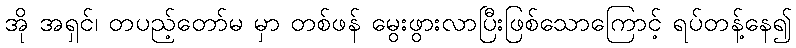
အို အရှင်၊ တပည့်တော်မ မှာ တစ်ဖန် မွေးဖွားလာပြီးဖြစ်သောကြောင့် ရပ်တန့်နေ၍